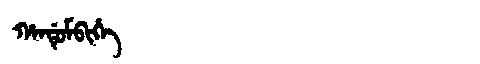
Manchu: ᡥᠠᠨᡩᡠᠮᠪᡳᡥᡝ
Romanization: HANDUMBIHE